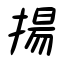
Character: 揚